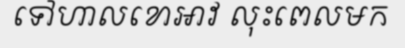
ទៅហាលខោអាវ លុះពេលមក